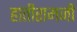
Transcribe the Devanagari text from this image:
हातीरामजी